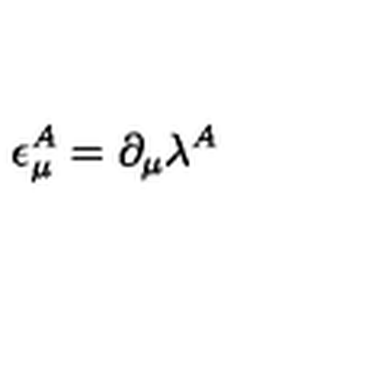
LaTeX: \epsilon _ { \mu } ^ { A } = \partial _ { \mu } \lambda ^ { A }